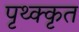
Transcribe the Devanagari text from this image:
पृथ्क्कृत